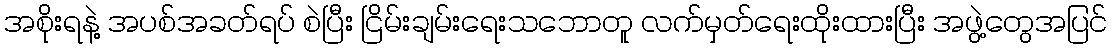
အစိုးရနဲ့ အပစ်အခတ်ရပ် စဲပြီး ငြိမ်းချမ်းရေးသဘောတူ လက်မှတ်ရေးထိုးထားပြီး အဖွဲ့တွေအပြင်